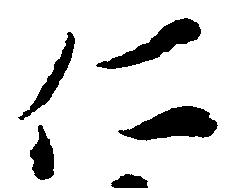
仁